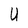
Character: U